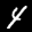
Label: 4